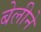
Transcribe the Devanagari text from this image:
बेलीने